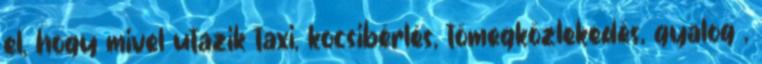
el, hogy mivel utazik taxi, kocsibérlés, tömegközlekedés, gyalog ,